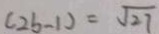
( 2 b - 1 ) = \sqrt { 2 7 }